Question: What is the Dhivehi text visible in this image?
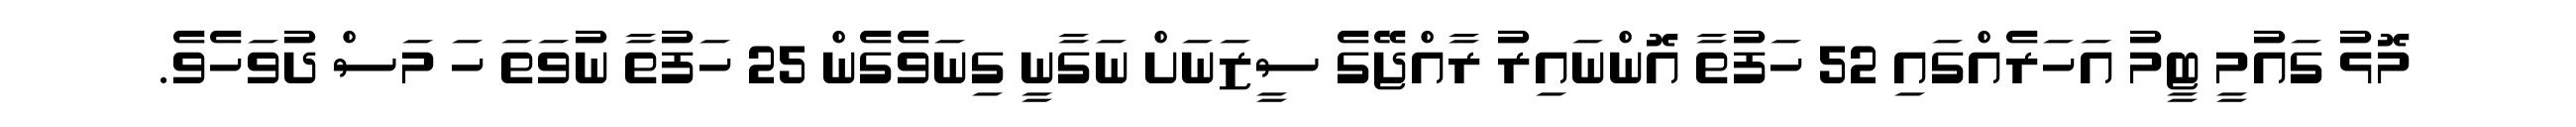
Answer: މޮޅު ގައުމީ ޓީމު އަހަރެއްގައި 52 ހަފުތާ އޮންނައިރު ރާއްޖޭގެ ސީޒަނަށް ނަގާނީ ގިނަވެގެން 25 ހަފުތާ ނުވަތަ ހަ މަސް ދުވަހެވެ.